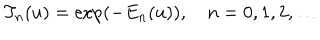
LaTeX: T _ { n } ( u ) = \exp ( - E _ { n } ( u ) ) , \quad n = 0 , 1 , 2 , \ldots